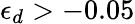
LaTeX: \epsilon_{d}>-0.05